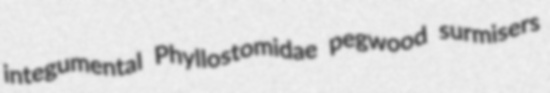
integumental Phyllostomidae pegwood surmisers